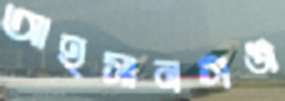
আহসানগঞ্জ